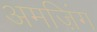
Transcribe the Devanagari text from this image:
अमज़िंग